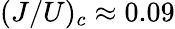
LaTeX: (J/U)_{c}\approx 0.09